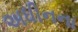
અધીનના